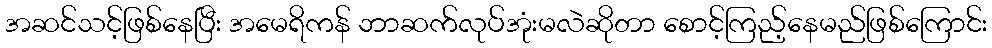
အဆင်သင့်ဖြစ်နေပြီး အမေရိကန် ဘာဆက်လုပ်အုံးမလဲဆိုတာ စောင့်ကြည့်နေမည်ဖြစ်ကြောင်း